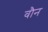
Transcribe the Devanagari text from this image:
वौन